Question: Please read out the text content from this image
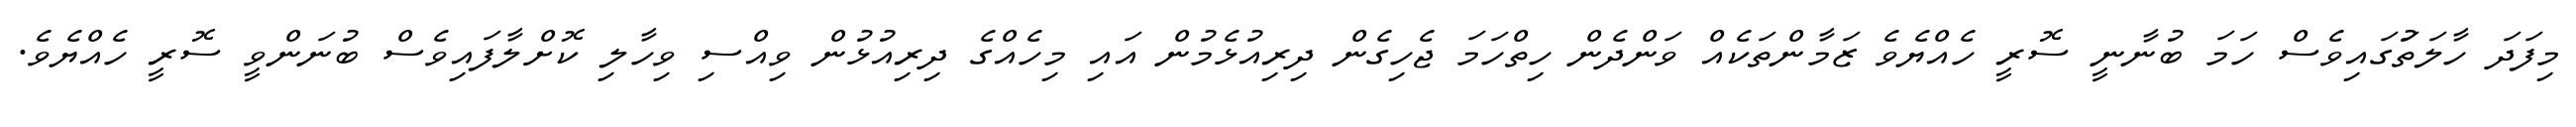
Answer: މިފަދަ ހާލަތުަގައިވެސް ހަމަ ބުނާނީ ސޮރީ ހެއްޔެވެ ޒަމާންތަކެއް ވަންދެން ހިތްހަމަ ޖެހިގެން ދިރިއުޅެމުން އައި މިހެއްގެ ދިރިއުޅުން ވިއްސި ވިހާލި ކޮށްލާފައިވެސް ބުނަންވީ ސޮރީ ހެއްޔެވެ.